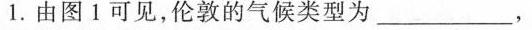
1.由图1可见，伦敦的气候类型为_